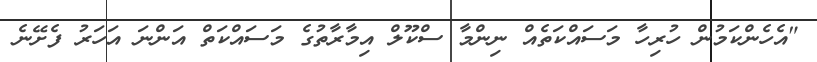
"އެހެންކަމުން ހުރިހާ މަސައްކަތެއް ނިންމާ ސްކޫލް އިމާރާތުގެ މަސައްކަތް އަންނަ އަހަރު ފެށޭނެ